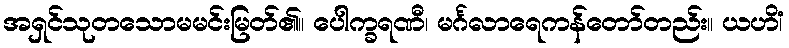
အရှင်သုတသောမမင်းမြတ်၏။ ပေါက္ခရဏီ၊ မင်္ဂလာရေကန်တော်တည်း။ ယဟိံ၊